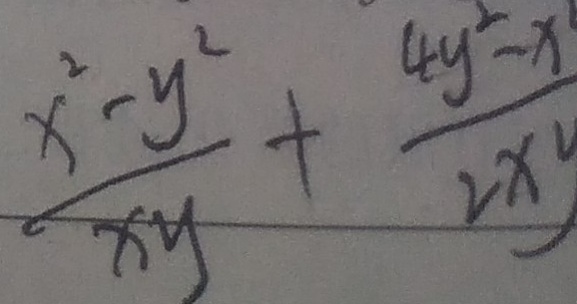
\frac { x ^ { 2 } - y ^ { 2 } } { x y } + \frac { 4 y ^ { 2 } - x } { 2 x y }